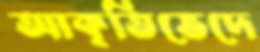
আকৃতিভেদে